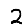
Digit: 2